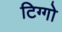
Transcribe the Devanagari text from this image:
टिग्गो